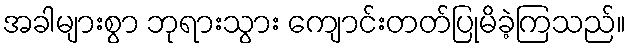
အခါများစွာ ဘုရားသွား ကျောင်းတတ်ပြုမိခဲ့ကြသည်။